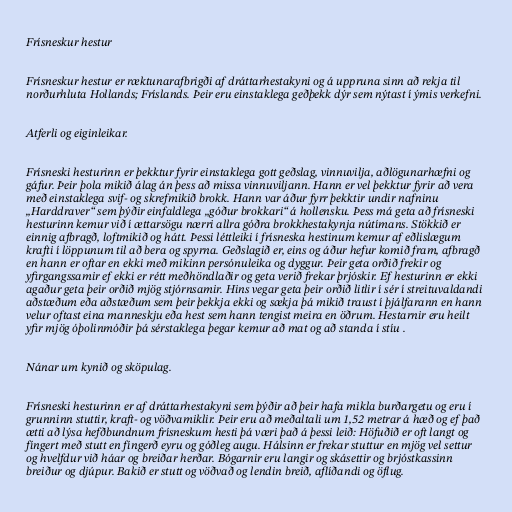
Frísneskur hestur

Frísneskur hestur er ræktunarafbrigði af dráttarhestakyni og á uppruna sinn að rekja til
norðurhluta Hollands; Fríslands. Þeir eru einstaklega geðþekk dýr sem nýtast í ýmis verkefni.

Atferli og eiginleikar.

Frísneski hesturinn er þekktur fyrir einstaklega gott geðslag, vinnuvilja, aðlögunarhæfni og
gáfur. Þeir þola mikið álag án þess að missa vinnuviljann. Hann er vel þekktur fyrir að vera
með einstaklega svif- og skrefmikið brokk. Hann var áður fyrr þekktir undir nafninu
„Harddraver“ sem þýðir einfaldlega „góður brokkari“ á hollensku. Þess má geta að frísneski
hesturinn kemur við í ættarsögu nærri allra góðra brokkhestakynja nútímans. Stökkið er
einnig afbragð, loftmikið og hátt. Þessi léttleiki í frísneska hestinum kemur af eðlislægum
krafti í löppunum til að bera og spyrna. Geðslagið er, eins og áður hefur komið fram, afbragð
en hann er oftar en ekki með mikinn persónuleika og dyggur. Þeir geta orðið frekir og
yfirgangssamir ef ekki er rétt meðhöndlaðir og geta verið frekar þrjóskir. Ef hesturinn er ekki
agaður geta þeir orðið mjög stjórnsamir. Hins vegar geta þeir orðið litlir í sér í streituvaldandi
aðstæðum eða aðstæðum sem þeir þekkja ekki og sækja þá mikið traust í þjálfarann en hann
velur oftast eina manneskju eða hest sem hann tengist meira en öðrum. Hestarnir eru heilt
yfir mjög óþolinmóðir þá sérstaklega þegar kemur að mat og að standa í stíu .

Nánar um kynið og sköpulag.

Frísneski hesturinn er af dráttarhestakyni sem þýðir að þeir hafa mikla burðargetu og eru í
grunninn stuttir, kraft- og vöðvamiklir. Þeir eru að meðaltali um 1,52 metrar á hæð og ef það
ætti að lýsa hefðbundnum frísneskum hesti þá væri það á þessi leið: Höfuðið er oft langt og
fíngert með stutt en fíngerð eyru og góðleg augu. Hálsinn er frekar stuttur en mjög vel settur
og hvelfdur við háar og breiðar herðar. Bógarnir eru langir og skásettir og brjóstkassinn
breiður og djúpur. Bakið er stutt og vöðvað og lendin breið, aflíðandi og öflug.